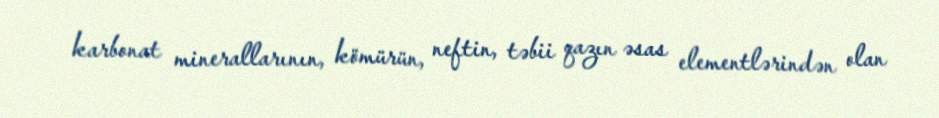
karbonat minerallarının, kömürün, neftin, təbii qazın əsas elementlərindən olan